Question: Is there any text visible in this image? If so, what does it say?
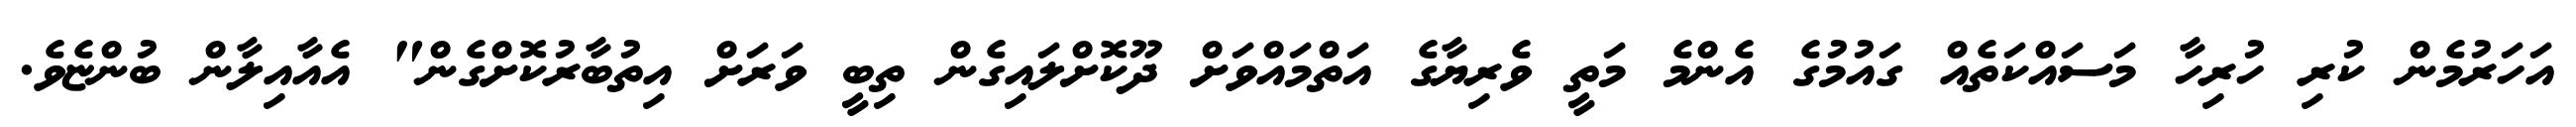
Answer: އަހަރުމެން ކުރި ހުރިހާ މަސައްކަތެއް ގައުމުގެ އެންމެ މަތީ ވެރިޔާގެ އަތްމައްވަށް ދޫކޮށްލައިގެން ތިބީ ވަރަށް އިތުބާރުކޮށްގެން" އެއާއިލާން ބުންޏެވެ.